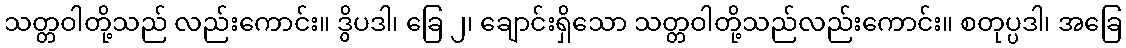
သတ္တဝါတို့သည် လည်းကောင်း။ ဒွိပဒါ၊ ခြေ ၂၊ ချောင်းရှိသော သတ္တဝါတို့သည်လည်းကောင်း။ စတုပ္ပဒါ၊ အခြေ